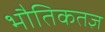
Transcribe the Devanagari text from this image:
भौतिकतज्ञ